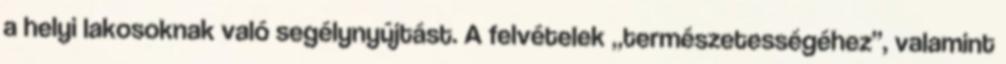
a helyi lakosoknak való segélynyújtást. A felvételek „természetességéhez”, valamint